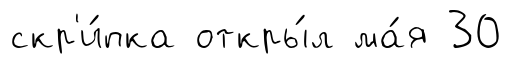
скр'и́пка откры́л ма́я 30